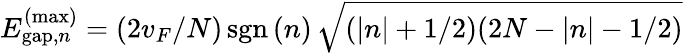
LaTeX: E_{\mathrm{gap},n}^{(\mathrm{max})}=(2v_{F}/N)\, \mathrm{sgn}\, (n)\, \sqrt{(|n|+1/2)(2N-|n|-1/2)}